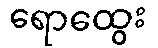
ရောထွေး